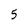
Character: 5